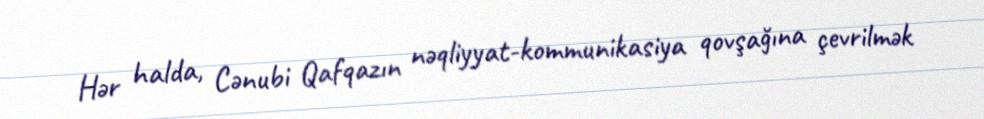
Hər halda, Cənubi Qafqazın nəqliyyat-kommunikasiya qovşağına çevrilmək